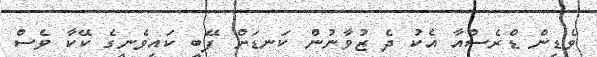
ވެޑިން ޑްރެސްއާ އެކު ދެ ޒުވާނުން ކަނޑަށް ފޭބީ ކައިވެނީގެ ކޭކާ ވެސް